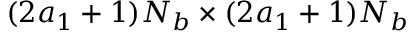
( 2 a _ { 1 } + 1 ) N _ { b } \times ( 2 a _ { 1 } + 1 ) N _ { b }